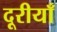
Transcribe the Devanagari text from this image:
दूरीयाँ